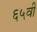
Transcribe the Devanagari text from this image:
६५वीं